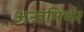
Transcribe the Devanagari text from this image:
अन्तनिर्भर